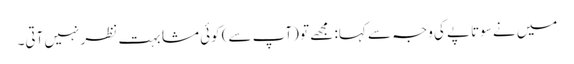
میں نے سوتاپے کی وجہ سے کہا: مجھے تو (آپ سے) کوئی مشابہت نظر نہیں آتی۔